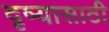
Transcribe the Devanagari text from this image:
दृष्यासाठी